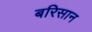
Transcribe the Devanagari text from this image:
बरिसान